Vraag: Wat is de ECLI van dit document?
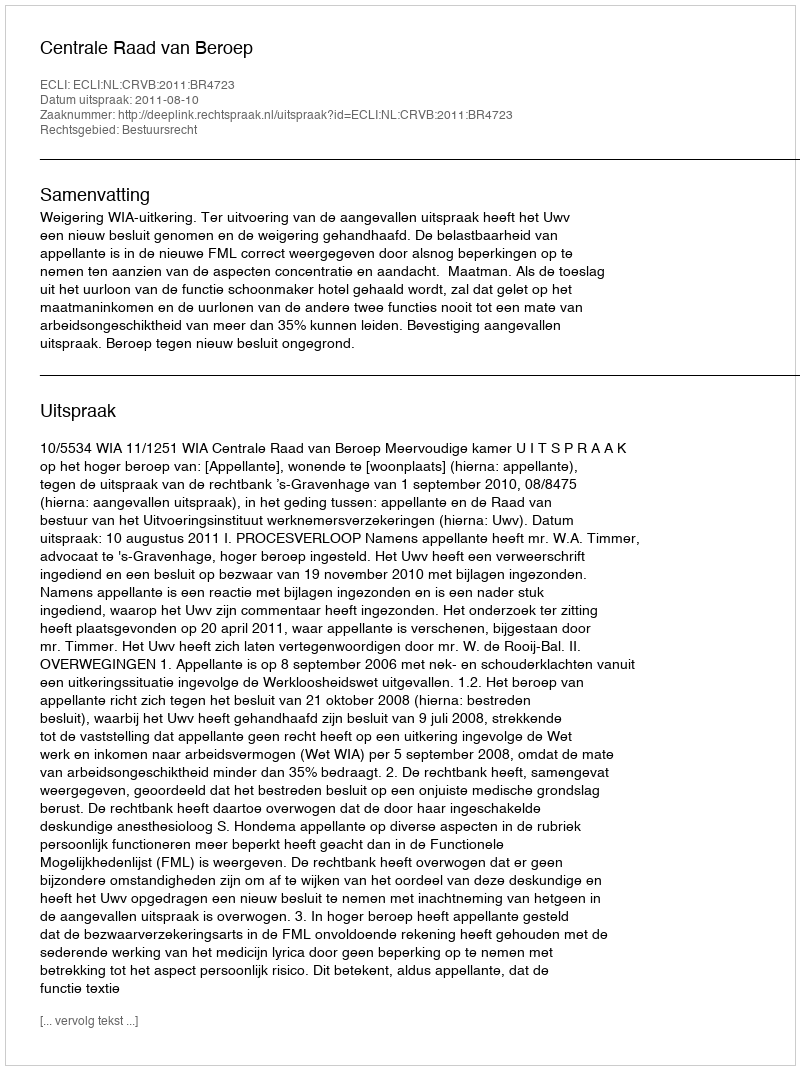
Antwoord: ECLI:NL:CRVB:2011:BR4723